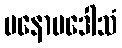
မနောပဒေါသံ